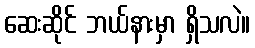
ဆေးဆိုင် ဘယ်နားမှာ ရှိသလဲ။